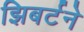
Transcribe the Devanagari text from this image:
झिबर्टने